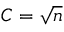
C = { \sqrt { n } }